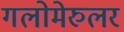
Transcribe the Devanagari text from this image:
गलोमेरुलर